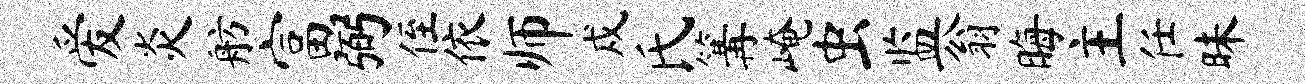
爱炎舫富弼侄依师戍氏篝崦虫监翁晦主任昧